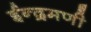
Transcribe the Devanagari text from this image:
ईन्द्रमणी